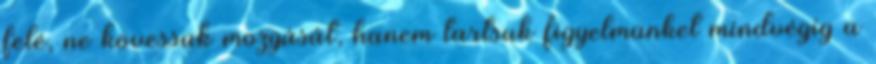
felé, ne kövessük mozgását, hanem tartsuk figyelmünket mindvégig a